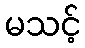
မသင့်